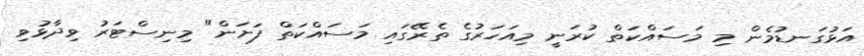
އަޅުގަނޑުމެން މި މަސައްކަތް ކުރަނީ މިއަހަރުގެ ތެރޭގައި މަސައްކަތް ފަށަން" މިނިސްޓަރު ވިދާޅުވި